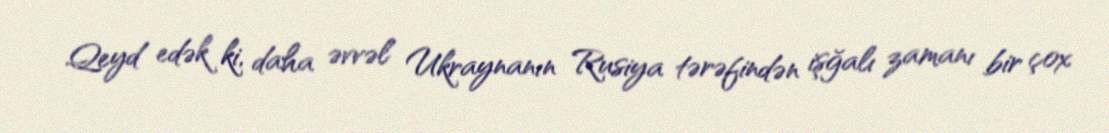
Qeyd edək ki, daha əvvəl Ukraynanın Rusiya tərəfindən işğalı zamanı bir çox